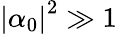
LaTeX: {{\left|{{\alpha}_{0}}\right|}^{2}}\gg 1